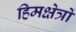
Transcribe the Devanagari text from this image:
हिमक्षेत्रों